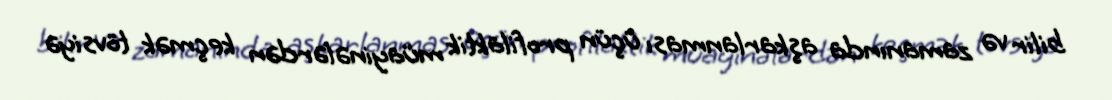
bilir və zamanında aşkarlanması üçün profilaktik müayinələrdən keçmək tövsiyə